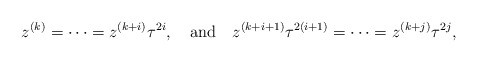
\begin{align*}z^{(k)}=\cdots =z^{(k+i)}\tau^{2i}, {~~~\rm and ~~~}z^{(k+i+1)}\tau^{2(i+1)}=\cdots =z^{(k+j)}\tau^{2j},\end{align*}